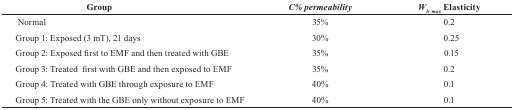
| Group | C% permeability | Wh max Elasticity |
 | --- | --- | --- |
 | Normal | 35% | 0.2 |
 | Group 1: Exposed (3 mT), 21 days | 30% | 0.25 |
 | Group 2: Exposed first to EMF and then treated with GBE | 35% | 0.15 |
 | Group 3: Treated first with GBE and then exposed to EMF | 35% | 0.2 |
 | Group 4: Treated with GBE through exposure to EMF | 40% | 0.1 |
 | Group 5: Treated with the GBE only without exposure to EMF | 40% | 0.1 |